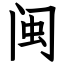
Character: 闽